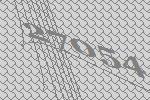
27054